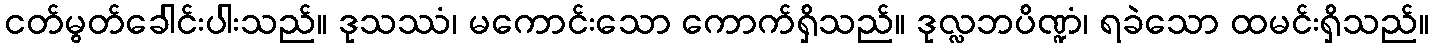
ငတ်မွတ်ခေါင်းပါးသည်။ ဒုသဿံ၊ မကောင်းသော ကောက်ရှိသည်။ ဒုလ္လဘပိဏ္ဍံ၊ ရခဲသော ထမင်းရှိသည်။